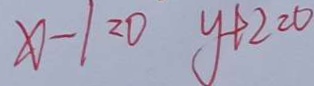
x - 1 = 0 y + 2 = 0